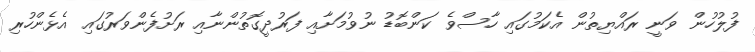
ފުލުހުން ވަނީ ރައްޔިތުން އެކަމުގައި ހާސްވެ ކަންބޮޑު ނުވުމަށާއި ފަރުދީގޮތުންނާއި ރަށުފެންވަރުގައި އެޅެންހުރި